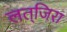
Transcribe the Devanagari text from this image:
लत्‌जिरा